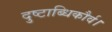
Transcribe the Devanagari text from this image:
दुष्टाब्धिकौर्व।